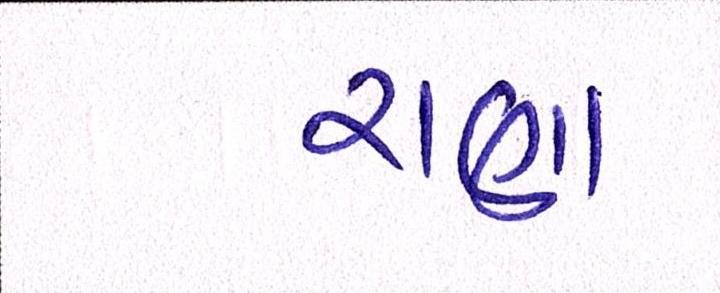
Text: રાણા